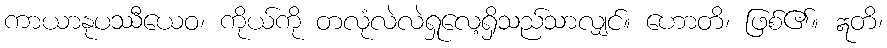
ကာယာနုပဿီယေဝ၊ ကိုယ်ကို တလုံလဲလဲရှုလေ့ရှိသည်သာလျှင်။ ဟောတိ၊ ဖြစ်၏။ ဣတိ၊